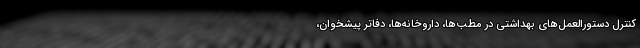
کنترل دستورالعمل‌های بهداشتی در مطب‌ها، داروخانه‌ها، دفاتر پیشخوان،